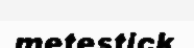
metestick